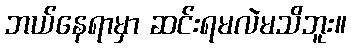
ဘယ်နေရာမှာ ဆင်းရမလဲမသိဘူး။